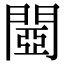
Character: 閸